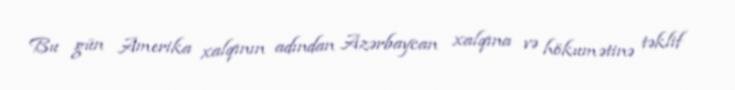
Bu gün Amerika xalqının adından Azərbaycan xalqına və hökumətinə təklif